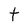
Character: t